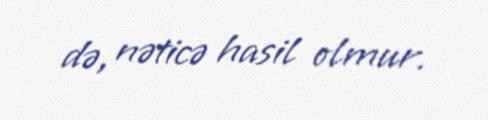
də, nəticə hasil olmur.